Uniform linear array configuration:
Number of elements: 48
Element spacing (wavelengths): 1
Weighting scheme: exponential
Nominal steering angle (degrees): -30
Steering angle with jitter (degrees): -31.245
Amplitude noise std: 0.05
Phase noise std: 0.05

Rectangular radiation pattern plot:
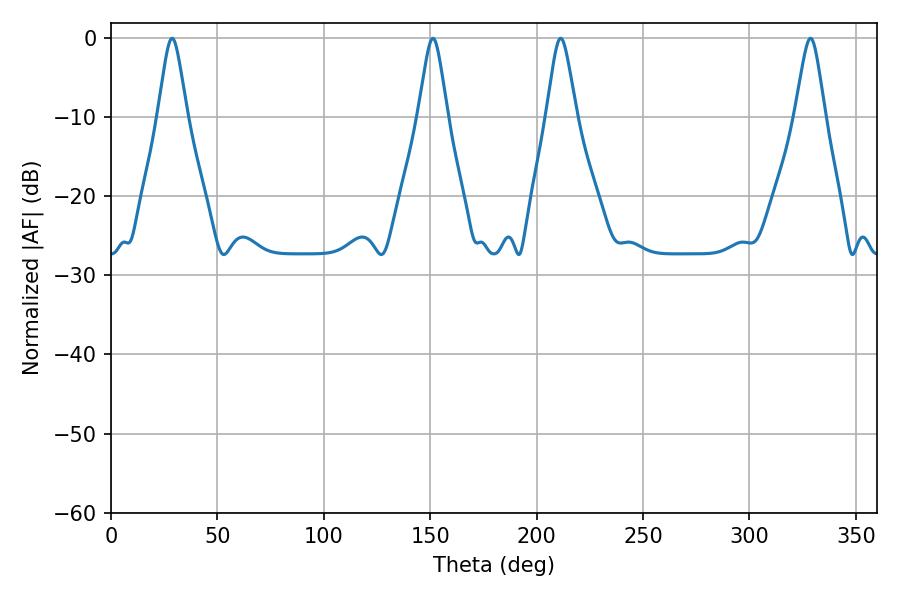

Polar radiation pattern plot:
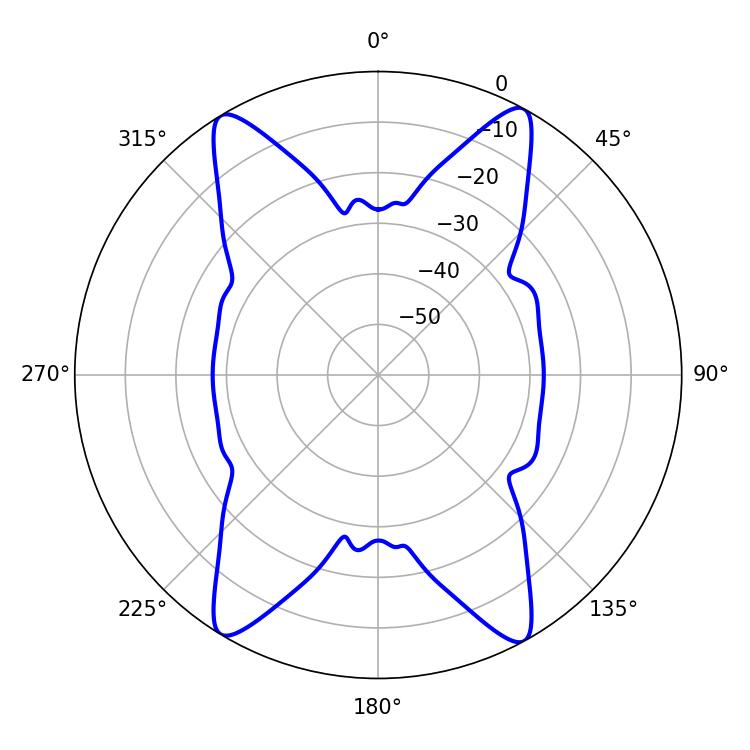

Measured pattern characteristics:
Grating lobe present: TRUE
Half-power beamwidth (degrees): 6.66
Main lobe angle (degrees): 211.32